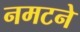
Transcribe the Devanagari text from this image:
नमटने